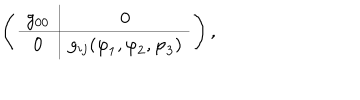
LaTeX: \left( \begin{array} { c | c } { { g _ { 0 0 } } } & { { 0 } } \\ \hline { { 0 } } & { { g _ { i j } ( { \varphi } _ { 1 } , { \varphi } _ { 2 } , { \varphi } _ { 3 } ) } } \\ \end{array} \right) ,